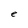
Character: e